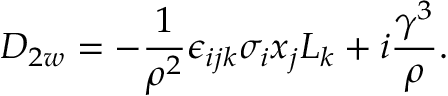
{ \cal D } _ { 2 w } = - { \frac { 1 } { { \rho } ^ { 2 } } } { \epsilon } _ { i j k } { \sigma } _ { i } x _ { j } { \cal L } _ { k } + i { \frac { { \gamma } ^ { 3 } } { \rho } } .